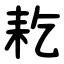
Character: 䎢